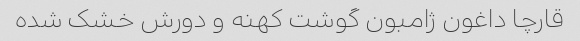
قارچا داغون ژامبون گوشت کهنه و دورش خشک شده